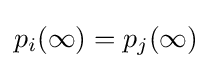
p_{i}(\infty )=p_{j}(\infty )